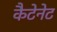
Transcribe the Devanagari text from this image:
कैटेनेट